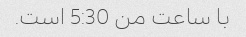
با ساعت من 5:30 است.